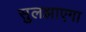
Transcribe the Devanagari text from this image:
सुलझाएगा